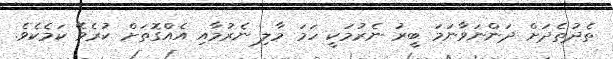
ތެދުތެދަށް ދަންނަވާނަމަ ބީރު ނެރުމަކީ ހަމަ މާލި ނެރުމާއި އެއްގޮތަށް ކުރެވޭ ކަމެކެވެ.